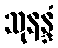
သုနန္ဒံ